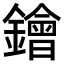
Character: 𨭗